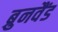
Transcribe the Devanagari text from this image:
ब्रुनवैंड